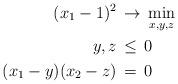
LaTeX: \begin{align*}(x_1-1)^2&\,\to\,\min\limits_{x,y,z}\\y,z&\,\leq\,0\\(x_1-y)(x_2-z)&\,=\,0\end{align*}